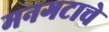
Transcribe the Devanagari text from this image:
मनगटाचे